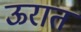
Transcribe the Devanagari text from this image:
ऊरात